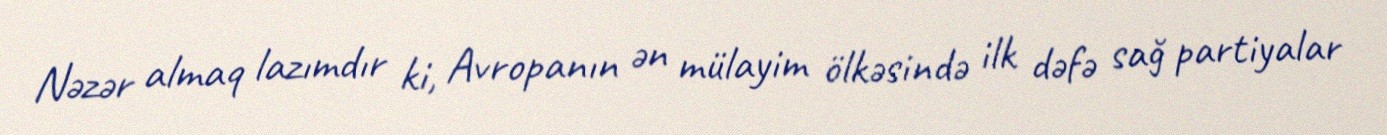
Nəzər almaq lazımdır ki, Avropanın ən mülayim ölkəsində ilk dəfə sağ partiyalar